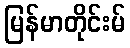
မြန်မာတိုင်းမ်